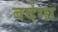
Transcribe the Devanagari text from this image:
बदेगा